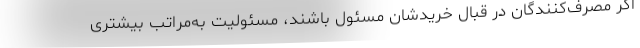
اگر مصرف‌کنندگان در قبال خریدشان مسئول‌ باشند، مسئولیت به‌مراتب بیشتری